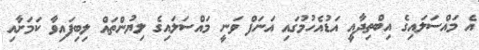
އެ މައްސަލައިގެ އިބްތިދާއީ އަޑުއެހުމުގައި އަނަފް ވަނީ މައްސަލައިގެ ލިޔުންތައް ލިބިފައިވާ ކަމަށާއި